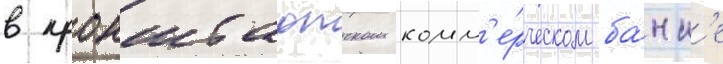
в кронштадтском комм'е́рческом ба́нк'е